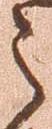
之